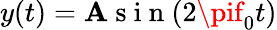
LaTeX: y(t)=\mathbf{A}\mathrm{{~s~i~n~}}(2\pif_{0}t)